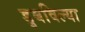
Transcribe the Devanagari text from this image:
डुबविल्या